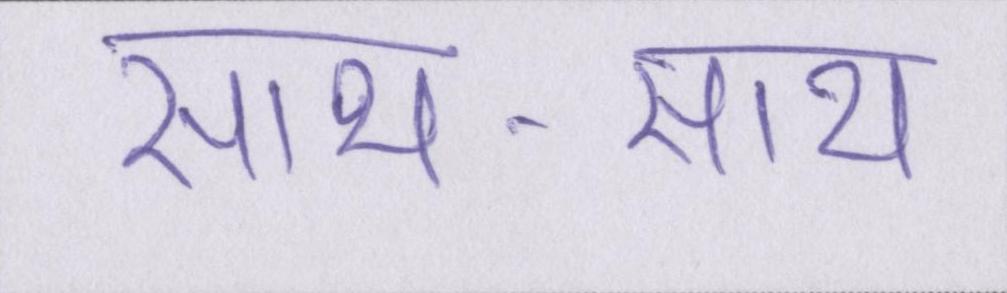
साथ-साथ